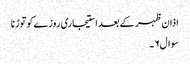
اذان ظہر کے بعد استیجاری روزےکو توڑنا
سوال۶۔